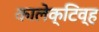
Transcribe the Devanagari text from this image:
कालेक्टिव्ह